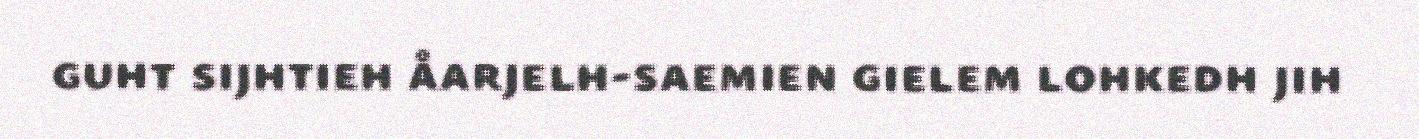
guht sijhtieh åarjelh-saemien gielem lohkedh jih